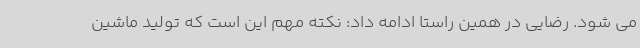
می شود. رضایی در همین راستا ادامه داد: نکته مهم این است که تولید ماشین